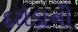
દરોડાની